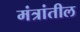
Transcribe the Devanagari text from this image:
मंत्रांतील